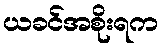
ယခင်အစိုးရက